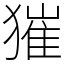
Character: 獕